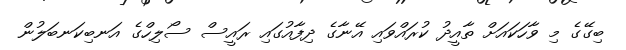
ބިގޭގެ މި ވާހަކައަށް ތާއީދު ކުރައްވައި އޭނާގެ ދިފާއުގައި ރައީސް ސޯލިހްގެ އަނބިކަނބަލުން